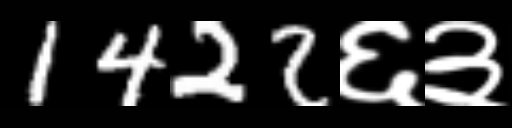
Text: 1422६३